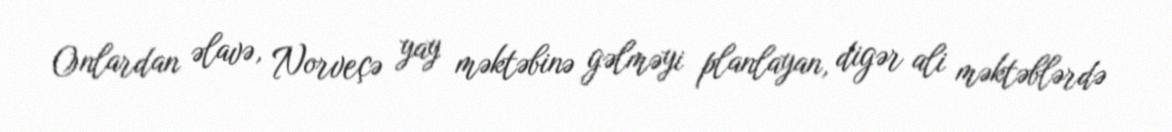
Onlardan əlavə, Norveçə yay məktəbinə gəlməyi planlayan, digər ali məktəblərdə